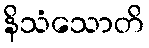
နိသံသောတိ